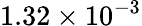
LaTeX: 1.32\times 10^{-3}